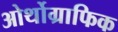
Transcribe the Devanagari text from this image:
ओर्थोग्राफिक